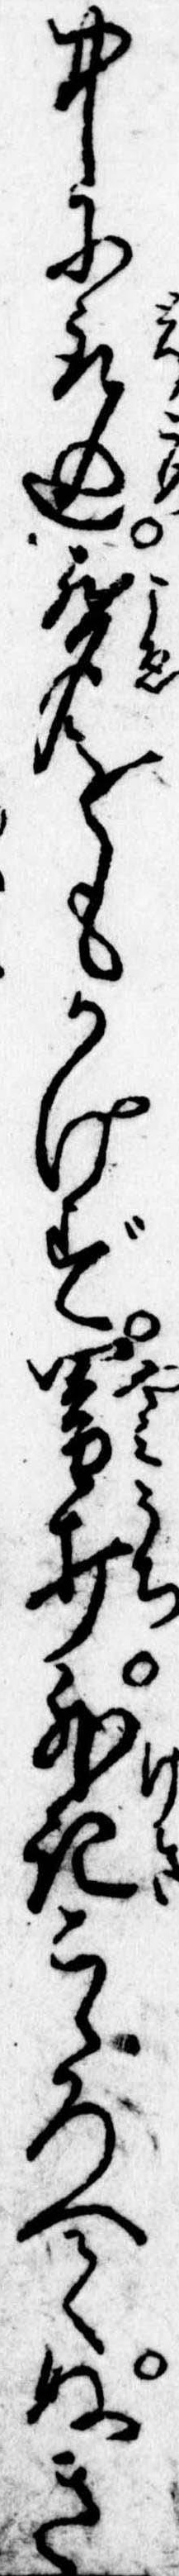
中に取込声をもかけず闇打外記こゝろへてぬき